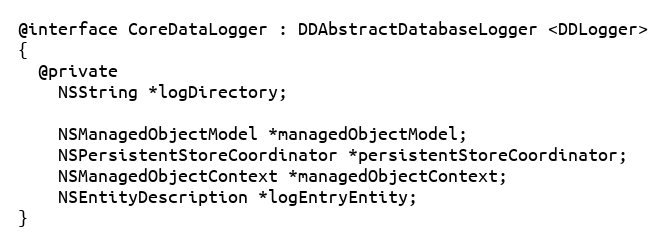
Language: C
@interface CoreDataLogger : DDAbstractDatabaseLogger <DDLogger>
{
  @private
    NSString *logDirectory;

    NSManagedObjectModel *managedObjectModel;
    NSPersistentStoreCoordinator *persistentStoreCoordinator;
    NSManagedObjectContext *managedObjectContext;
    NSEntityDescription *logEntryEntity;
}